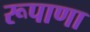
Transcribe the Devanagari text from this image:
रूपाणा